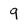
Character: 9